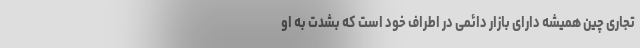
تجاری چین همیشه دارای بازار دائمی در اطراف خود است که بشدت به او